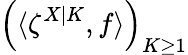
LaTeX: \left(\langle\zeta^{X|K},f\rangle\right)_{K\geq 1}